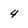
Character: 4